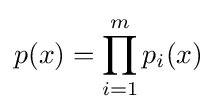
p(x)=\prod _{i=1}^{m}p_{i}(x)